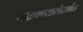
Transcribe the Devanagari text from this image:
खेळवण्यासंदर्भात